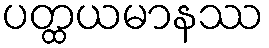
ပတ္ထယမာနဿ